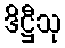
ဒိဋ္ဌီသု